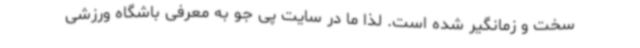
سخت و زمانگیر شده است. لذا ما در سایت پی جو به معرفی باشگاه ورزشی